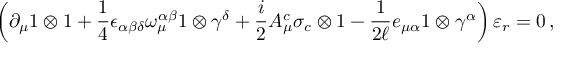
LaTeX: \left( \partial _ { \mu } 1 \otimes 1 + \frac { 1 } { 4 } \epsilon _ { \alpha \beta \delta } \omega _ { \mu } ^ { \alpha \beta } 1 \otimes \gamma ^ { \delta } + \frac { i } { 2 } A _ { \mu } ^ { c } \sigma _ { c } \otimes 1 - \frac { 1 } { 2 \ell } e _ { \mu \alpha } 1 \otimes \gamma ^ { \alpha } \right) \varepsilon _ { r } = 0 \, ,